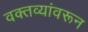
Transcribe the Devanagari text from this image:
वक्तव्यांवरून